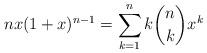
LaTeX: \begin{align*} nx(1+x)^{n-1} = \sum_{k=1}^n k\binom{n}{k}x^k\end{align*}